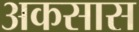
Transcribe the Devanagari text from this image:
अकसास